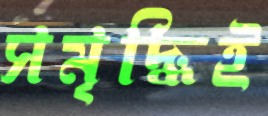
সমৃদ্ধিই